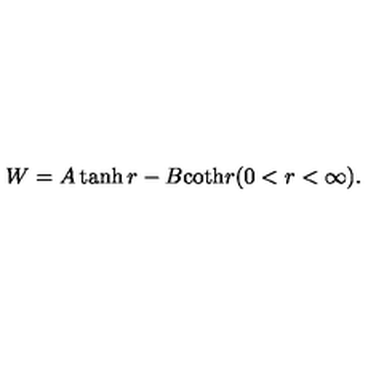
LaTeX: W = A \tanh r - B \mathrm { c o t h } r ( 0 < r < \infty ) .